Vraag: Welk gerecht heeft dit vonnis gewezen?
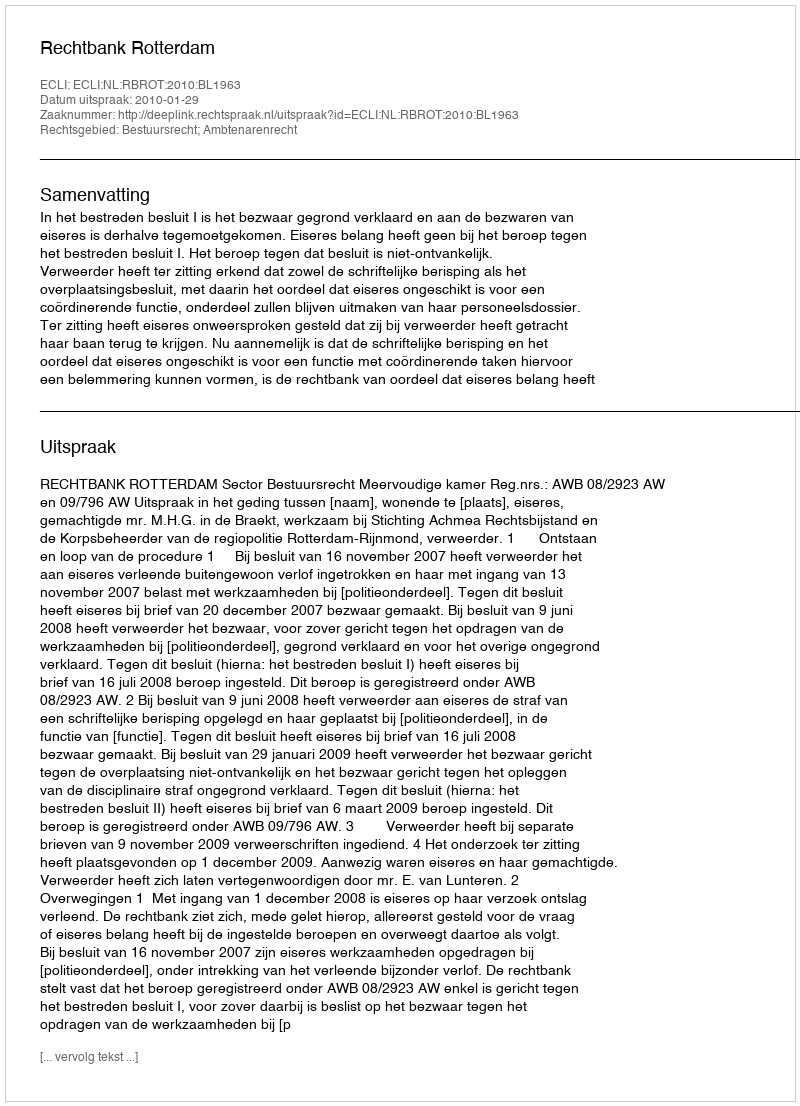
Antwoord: Rechtbank Rotterdam